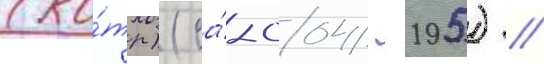
(ко́тр) (са́-004/ -195) //